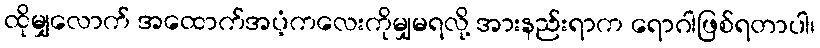
ထိုမျှလောက် အထောက်အပံ့ကလေးကိုမျှမရလို့ အားနည်းရာက ရောဂါဖြစ်ရတာပါ၊